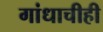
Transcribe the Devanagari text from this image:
गांधाचीही